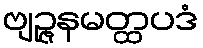
ဗျဉ္ဇနမတ္ထပဒံ